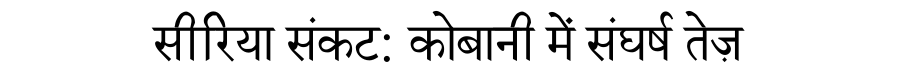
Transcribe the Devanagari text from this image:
सीरिया संकट: कोबानी में संघर्ष तेज़